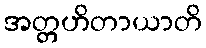
အတ္တဟိတာယာတိ